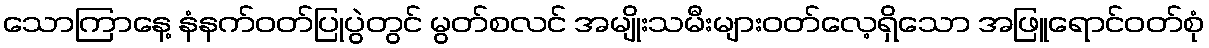
သောကြာနေ့ နံနက်ဝတ်ပြုပွဲတွင် မွတ်စလင် အမျိုးသမီးများဝတ်လေ့ရှိသော အဖြူရောင်ဝတ်စုံ